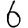
Digit: 6